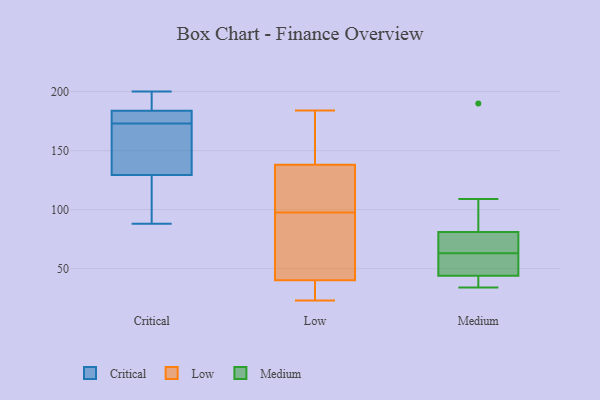
{"axis": {"x": "Conversion Rate (%)", "y": "Value"}, "legend": ["Critical", "Low", "Medium"], "data": [{"x": "", "y": 189, "type": "Critical"}, {"x": "", "y": 88, "type": "Critical"}, {"x": "", "y": 180, "type": "Critical"}, {"x": "", "y": 182, "type": "Critical"}, {"x": "", "y": 173, "type": "Critical"}, {"x": "", "y": 140, "type": "Critical"}, {"x": "", "y": 143, "type": "Critical"}, {"x": "", "y": 200, "type": "Critical"}, {"x": "", "y": 95, "type": "Critical"}, {"x": "", "y": 142, "type": "Critical"}, {"x": "", "y": 97, "type": "Critical"}, {"x": "", "y": 179, "type": "Critical"}, {"x": "", "y": 189, "type": "Critical"}, {"x": "", "y": 54, "type": "Low"}, {"x": "", "y": 159, "type": "Low"}, {"x": "", "y": 32, "type": "Low"}, {"x": "", "y": 31, "type": "Low"}, {"x": "", "y": 157, "type": "Low"}, {"x": "", "y": 99, "type": "Low"}, {"x": "", "y": 151, "type": "Low"}, {"x": "", "y": 138, "type": "Low"}, {"x": "", "y": 78, "type": "Low"}, {"x": "", "y": 31, "type": "Low"}, {"x": "", "y": 135, "type": "Low"}, {"x": "", "y": 40, "type": "Low"}, {"x": "", "y": 47, "type": "Low"}, {"x": "", "y": 100, "type": "Low"}, {"x": "", "y": 96, "type": "Low"}, {"x": "", "y": 184, "type": "Low"}, {"x": "", "y": 125, "type": "Low"}, {"x": "", "y": 23, "type": "Low"}, {"x": "", "y": 42, "type": "Medium"}, {"x": "", "y": 49, "type": "Medium"}, {"x": "", "y": 62, "type": "Medium"}, {"x": "", "y": 34, "type": "Medium"}, {"x": "", "y": 44, "type": "Medium"}, {"x": "", "y": 67, "type": "Medium"}, {"x": "", "y": 190, "type": "Medium"}, {"x": "", "y": 64, "type": "Medium"}, {"x": "", "y": 109, "type": "Medium"}, {"x": "", "y": 81, "type": "Medium"}]}